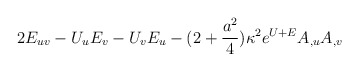
\begin{align*}2E_{uv}-U_{u}E_{v}-U_{v}E_{u}-(2+{a^{2}\over 4})\kappa^{2} e^{U+E} A_{,u}A_{,v} \end{align*}